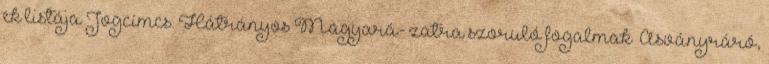
ek listája Jogcímcs. Hátrányos Magyará- zatra szoruló fogalmak ▪Ásványráró,